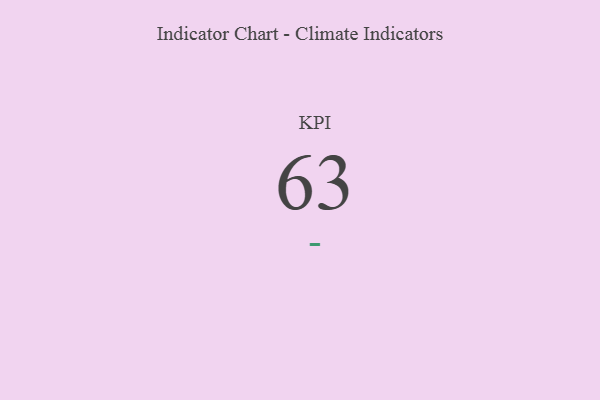
{"axis": {"x": "KPI", "y": "Value"}, "legend": [""], "data": [{"x": "KPI", "y": 63, "type": ""}]}